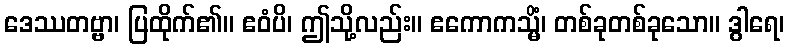
ဒေဿတဗ္ဗာ၊ ပြထိုက်၏။ ဧဝံပိ၊ ဤသို့လည်း။ ဧကောကသ္မိံ၊ တစ်ခုတစ်ခုသော။ ဒွါရေ၊